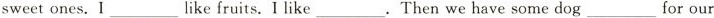
sweetones.I ___ like fruits.I like ___ .Then we have some dog ___ for our